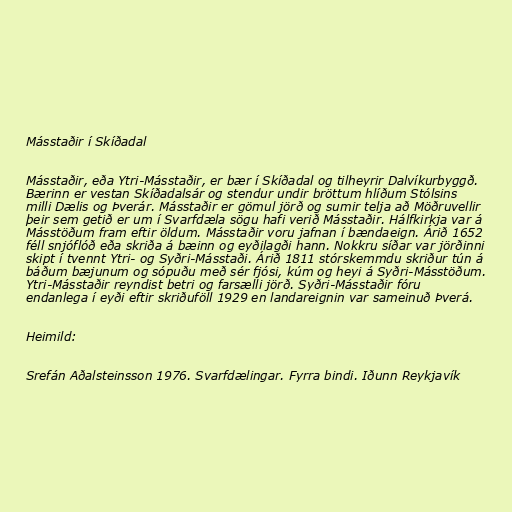
Másstaðir í Skíðadal

Másstaðir, eða Ytri-Másstaðir, er bær í Skíðadal og tilheyrir Dalvíkurbyggð.
Bærinn er vestan Skíðadalsár og stendur undir bröttum hlíðum Stólsins
milli Dælis og Þverár. Másstaðir er gömul jörð og sumir telja að Möðruvellir
þeir sem getið er um í Svarfdæla sögu hafi verið Másstaðir. Hálfkirkja var á
Másstöðum fram eftir öldum. Másstaðir voru jafnan í bændaeign. Árið 1652
féll snjóflóð eða skriða á bæinn og eyðilagði hann. Nokkru síðar var jörðinni
skipt í tvennt Ytri- og Syðri-Másstaði. Árið 1811 stórskemmdu skriður tún á
báðum bæjunum og sópuðu með sér fjósi, kúm og heyi á Syðri-Másstöðum.
Ytri-Másstaðir reyndist betri og farsælli jörð. Syðri-Másstaðir fóru
endanlega í eyði eftir skriðuföll 1929 en landareignin var sameinuð Þverá.

Heimild:

Srefán Aðalsteinsson 1976. Svarfdælingar. Fyrra bindi. Iðunn Reykjavík